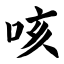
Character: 咳